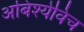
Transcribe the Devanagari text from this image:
अबिश्येविच